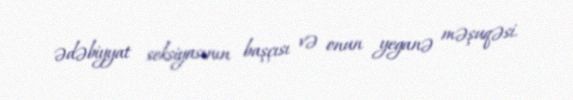
ədəbiyyat seksiyasının başçısı və onun yeganə məşuqəsi.